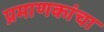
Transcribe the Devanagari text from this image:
प्रमाणकांचा